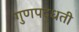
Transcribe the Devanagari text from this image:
गुणपद्धती